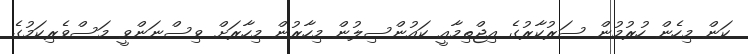
ކަން މިހެން ހުރުމުން ސަރުކާރުގެ އިޖްތިމާއީ ކައުންސިލުން މިހާރުން މިހާރަށް ވިސްނަންވީ މަސްވެރިކަމުގެ